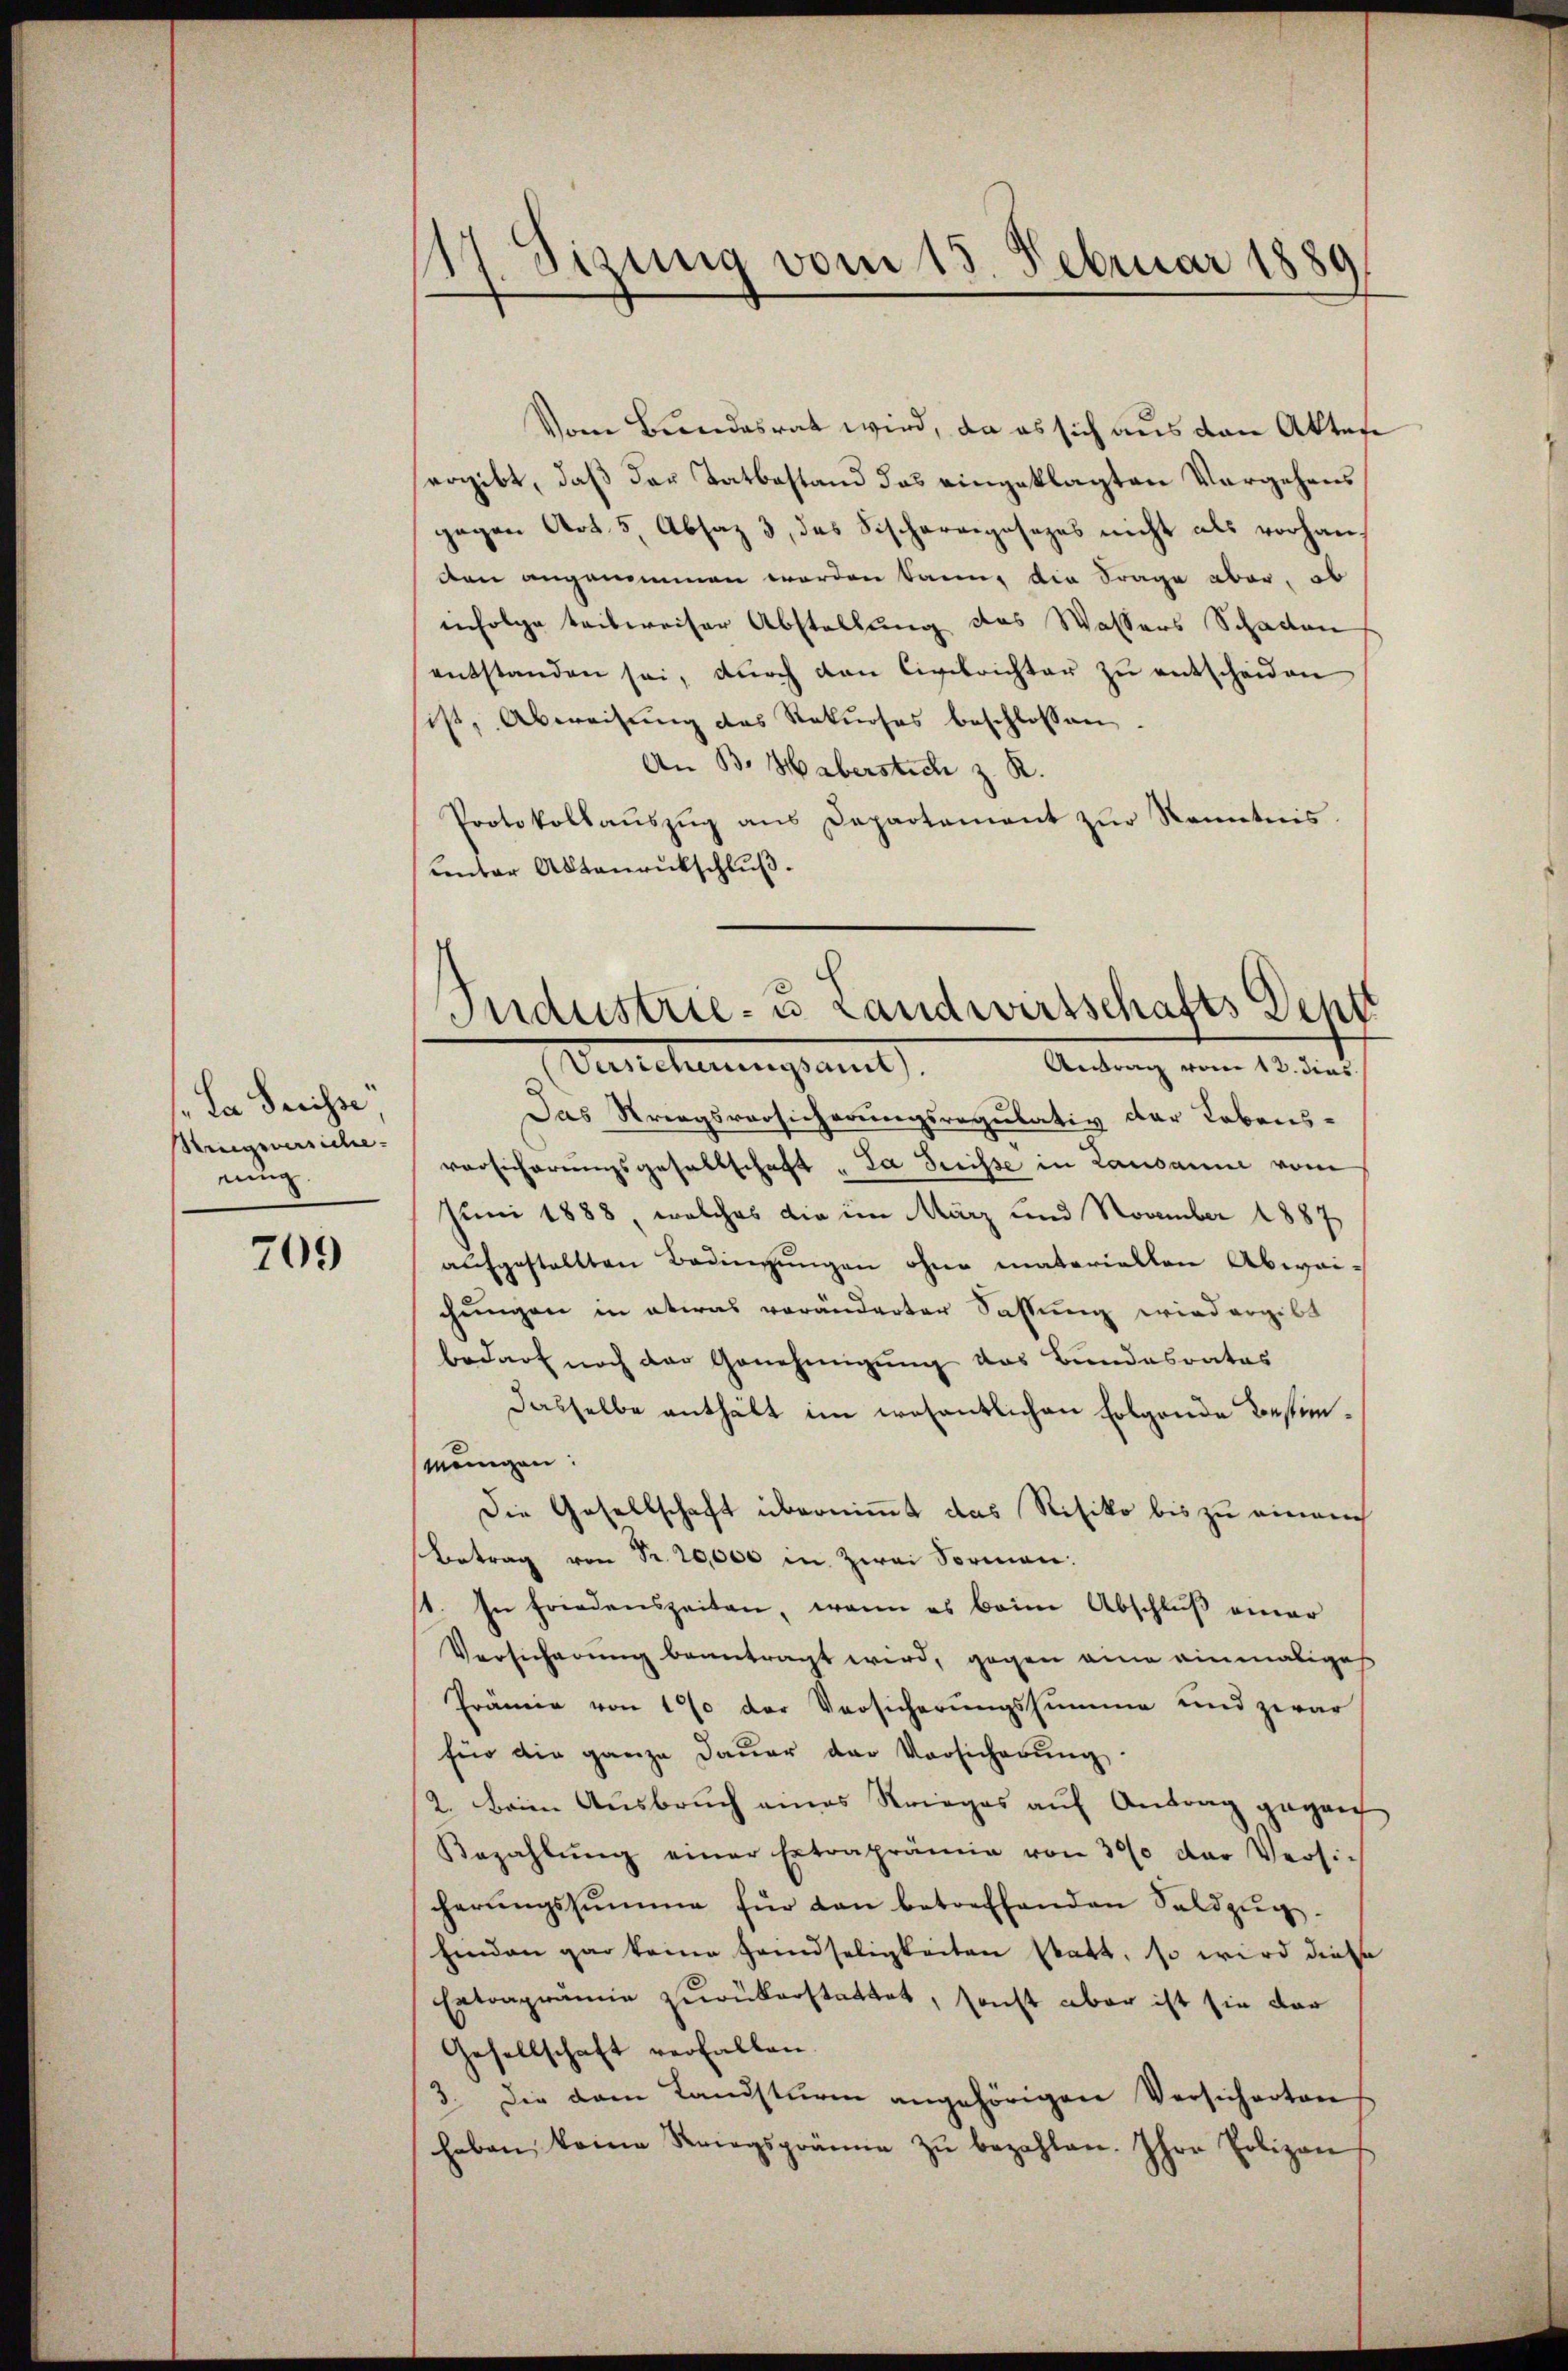
La Preisse
Sreigenersiche
ning.

709

117. Sizung vom 15. Februar 1880

Vom Beendesrat wird, da es sich aus den Akten
ergibt, daß der Tatbestand das eingeklagten Vergehens
gegen Art. 5, Absaz 3, das Fischargegosezes nicht als vorhanden angenommen worden kann, die Frage aber, ob
infolge teilweiser Abstellung des Wassers Schaden
entstanden sei, dŭrch den Civilrichter zŭ entscheiden
sist, Abweisung des Rekurses beschlossen.
An B. Haberstich z. R.
Protokollaŭszŭg ans Departement zŭr Kenntnis.
Lnter Akteuruckschluß.

Industrie- u Landwirtschafts Deht

Antrag vom 13. dies
Genehmungsamt
Das Strengsversicherungsregulativ der Lebens-
vorsicherungsgesellschaft „La Suisse in Lausanne vom
Juni 1888, welches die im März und November 1887
aufgestellten Bedingŭngen ohne materiellen Abwaichungen in etwas veränderter Sassung wiedergibt
bedarf noch der Genehmigung des Bundesrates
dasselbe enthält im wesentlichen Folgende Bestimwenigen:
Die Gesellschaft übernimmt das Risiko bis zu einrech
Betrag von Fr. 20,000 in Zwei Formen:
st. In Friedenszeiten, wenn es beim Abschluß einer
Versicherung beantragt wird, gegen eine einmaliges
Prämie von 170 der Versicherungssumme und zwar
für die ganze Daŭer der Vorsicherŭng.
2. Beim Ausbruch eines Krieges auf Antrag gegen
Bezahlŭng einer Extraprämie von 300 der Versi-
cherŭngssumme für dan betreffenden Saldzŭg.
hinden gar keine Handseligkeiten statt, so wird diese
Extraprämie zurükerstattet, sonst aber ist sie dar
Gesellschaft verfallen
3. Die dem Landsturm angehörigen Versicherten
haben keine Striegsgräne zŭ bezahlen. Ihre Polizen